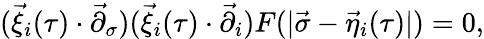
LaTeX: (\vec{\xi}_{i}(\tau)\cdot{\vec{\partial}}_{\sigma})(\vec{\xi}_{i}(\tau)\cdot{\vec{\partial}}_{i})F(|\vec{\sigma}-\vec{\eta}_{i}(\tau)|)=0,